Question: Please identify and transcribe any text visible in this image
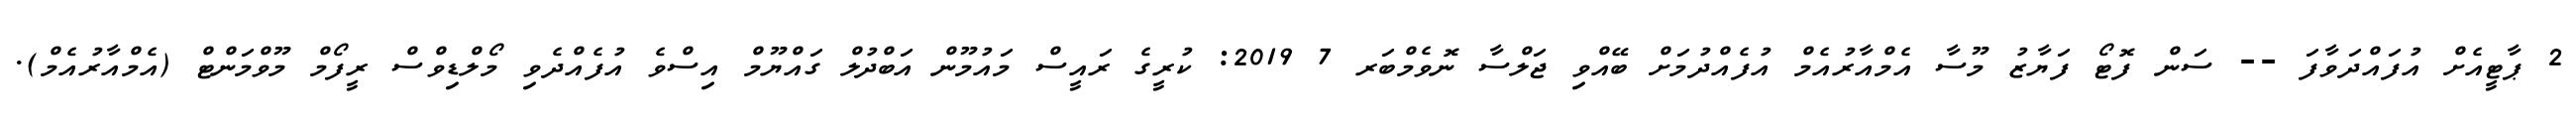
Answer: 2 ޕާޓީއެށް އުފައްދަވާފަ -- ސަން ފޮޓޯ ފަޔާޒު މޫސާ އެމްއާރުއެމް އުފެއްދުމަށް ބޭއްވި ޖަލްސާ ނޮވެމްބަރ 7 2019: ކުރީގެ ރައީސް މައުމޫން އަބްދުލް ގައްޔޫމް އިސްވެ އުފެއްދެވި މޯލްޑިވްސް ރީފޯމް މޫވްމަންޓް (އެމްއާރުއެމް).